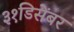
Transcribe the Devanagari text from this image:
३१डिसेंबर